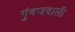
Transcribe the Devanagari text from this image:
गुंबजवाली